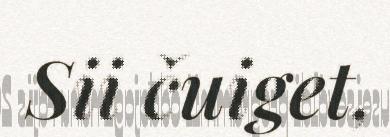
Sii čuiget,